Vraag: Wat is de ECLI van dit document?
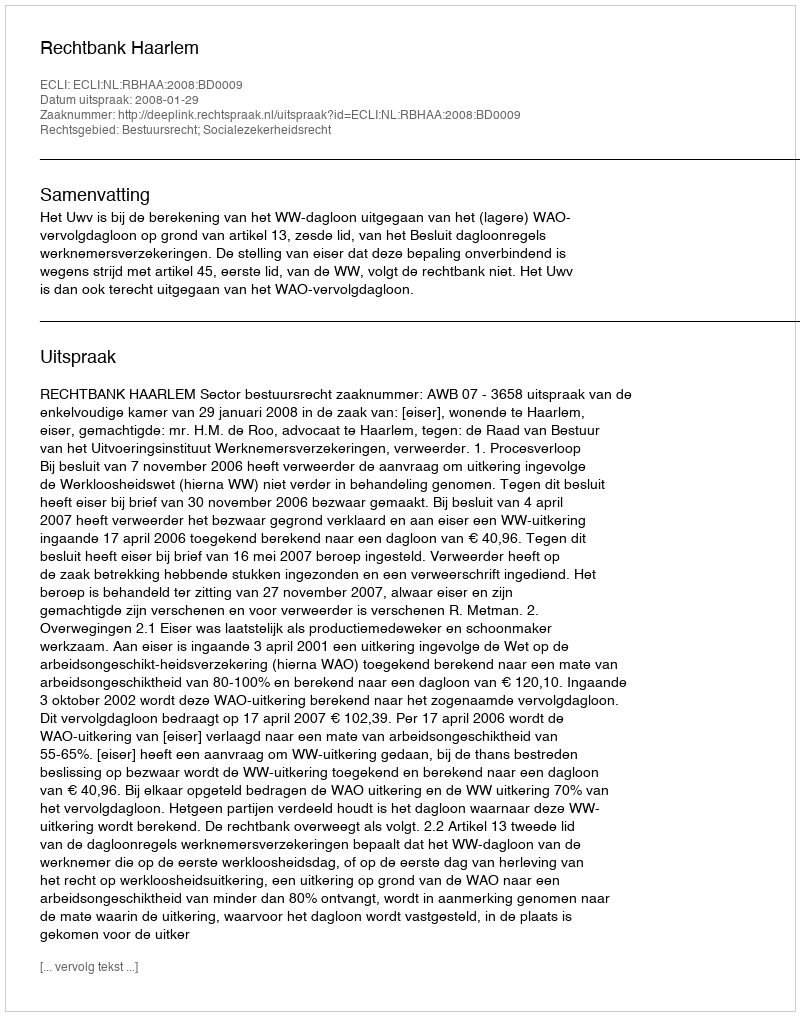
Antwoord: ECLI:NL:RBHAA:2008:BD0009